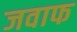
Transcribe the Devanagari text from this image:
जवाफ